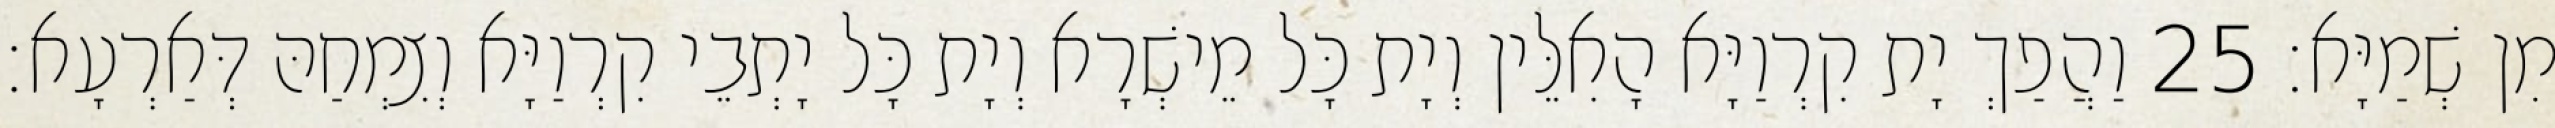
מִן שְׁמַיָּא׃ 25 וַהֲפַךְ יָת קִרְוַיָּא הָאִלֵּין וְיָת כָּל מֵישְׁרָא וְיָת כָּל יָתְבֵי קִרְוַיָּא וְצִמְחַהּ דְּאַרְעָא׃